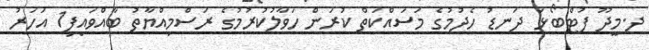
ދ.މީދޫ ފުޓްބޯޅަ ދަނޑު ހެދުމުގެ މަސައްކަތް ކުރަން ހަވާލުކުރުމުގެ ރަސްމިއްޔާތު ބާއްވައިފި1 އަހަރު